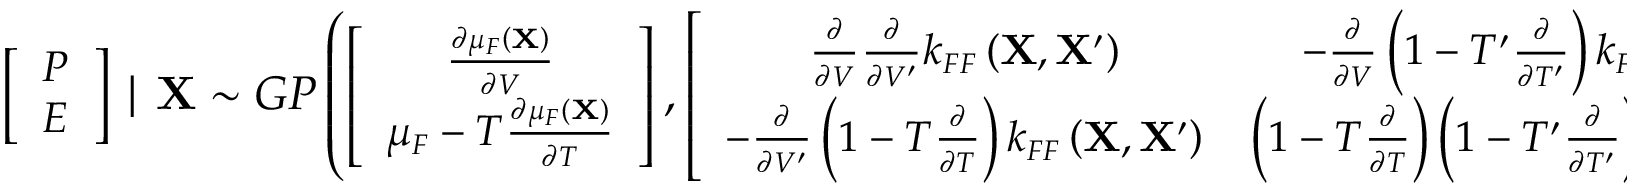
\small \left[ \begin{array} { c c } { P } \\ { E } \end{array} \right] \mid \mathbf { X } \sim G P \left( \left[ \begin{array} { c c } { \frac { \partial \mu _ { F } \left( \mathbf { X } \right) } { \partial V } } \\ { \mu _ { F } - T \frac { \partial \mu _ { F } \left( \mathbf { X } \right) } { \partial T } } \end{array} \right] , \left[ \begin{array} { c c } { \frac { \partial } { \partial V } \frac { \partial } { \partial V ^ { \prime } } k _ { F F } \left( \mathbf { X } , \mathbf { X } ^ { \prime } \right) } & { - \frac { \partial } { \partial V } \left( 1 - T ^ { \prime } \frac { \partial } { \partial T ^ { \prime } } \right) k _ { F F } \left( \mathbf { X } , \mathbf { X } ^ { \prime } \right) } \\ { - \frac { \partial } { \partial V ^ { \prime } } \left( 1 - T \frac { \partial } { \partial T } \right) k _ { F F } \left( \mathbf { X } , \mathbf { X } ^ { \prime } \right) } & { \left( 1 - T \frac { \partial } { \partial T } \right) \left( 1 - T ^ { \prime } \frac { \partial } { \partial T ^ { \prime } } \right) k _ { F F } \left( \mathbf { X } , \mathbf { X } ^ { \prime } \right) } \end{array} \right] \right)